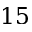
1 5